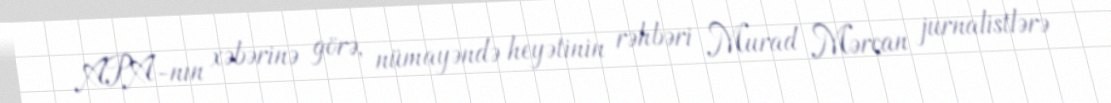
APA-nın xəbərinə görə, nümayəndə heyətinin rəhbəri Murad Mərcan jurnalistlərə